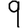
Digit: 9